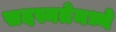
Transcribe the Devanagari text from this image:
सदस्यतेमध्ये